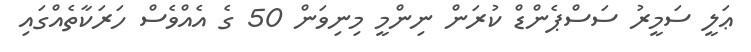
ޢަލީ ސަމީރު ސަސްޕެންޑް ކުރަން ނިންމީ މިނިވަން 50 ގެ އެއްވެސް ހަރަކާތެއްގައި